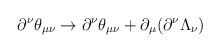
LaTeX: \begin{align*}\partial^\nu\theta_{\mu\nu}\rightarrow\partial^\nu\theta_{\mu\nu}+\partial_\mu(\partial^\nu\Lambda_\nu)\end{align*}